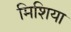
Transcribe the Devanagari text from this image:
मिशिया